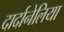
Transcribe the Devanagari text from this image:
दार्दानेलिया